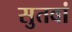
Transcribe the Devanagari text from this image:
सुतवां